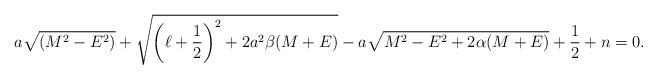
LaTeX: \begin{align*}a\sqrt{(M^2-E^2)}+\sqrt{\left(\ell+\frac{1}{2}\right)^2+2a^2\beta(M+E)}-a\sqrt{M^2-E^2+2\alpha(M+E)}+\frac{1}{2}+n=0.\end{align*}